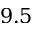
{ 9 . 5 }